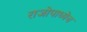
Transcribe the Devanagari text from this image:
राजोपाध्येच